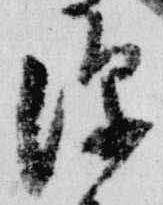
深